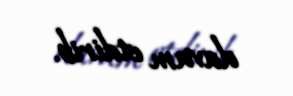
davam etdirib.